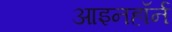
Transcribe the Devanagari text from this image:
आइनहॉर्न